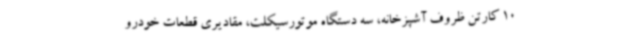
10 کارتن ظروف آشپزخانه، سه دستگاه موتورسیکلت، مقادیری قطعات خودرو